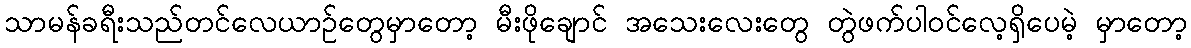
သာမန်ခရီးသည်တင်လေယာဉ်တွေမှာတော့ မီးဖိုချောင် အသေးလေးတွေ တွဲဖက်ပါဝင်လေ့ရှိပေမဲ့ မှာတော့